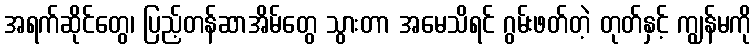
အရက်ဆိုင်တွေ၊ ပြည့်တန်ဆာအိမ်တွေ သွားတာ အမေသိရင် ဂွမ်းဖတ်တဲ့ တုတ်နှင့် ကျွန်မကို